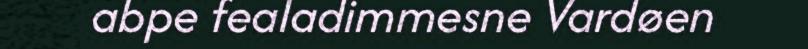
abpe fealadimmesne Vardøen